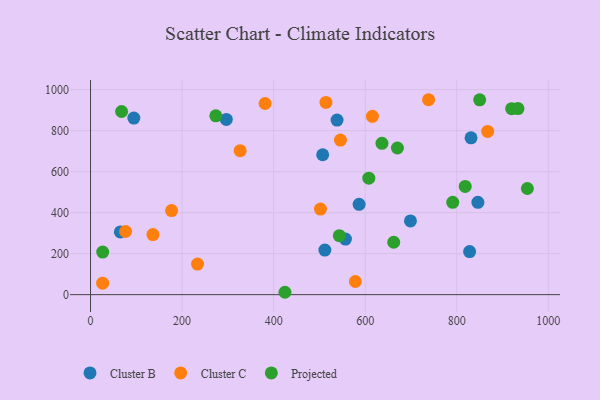
{"axis": {"x": "Experience", "y": "Rating"}, "legend": ["Cluster B", "Cluster C", "Projected"], "data": [{"x": "846.2", "y": 450.2, "type": "Cluster B"}, {"x": "296.6", "y": 854.4, "type": "Cluster B"}, {"x": "94.6", "y": 861.2, "type": "Cluster B"}, {"x": "556.9", "y": 271.2, "type": "Cluster B"}, {"x": "538.5", "y": 851.4, "type": "Cluster B"}, {"x": "511.9", "y": 217.2, "type": "Cluster B"}, {"x": "828.1", "y": 209.9, "type": "Cluster B"}, {"x": "586.7", "y": 440.5, "type": "Cluster B"}, {"x": "65.1", "y": 306.1, "type": "Cluster B"}, {"x": "507.1", "y": 682.4, "type": "Cluster B"}, {"x": "831.2", "y": 765.0, "type": "Cluster B"}, {"x": "698.9", "y": 359.6, "type": "Cluster B"}, {"x": "326.8", "y": 702.0, "type": "Cluster C"}, {"x": "177.0", "y": 410.3, "type": "Cluster C"}, {"x": "233.7", "y": 149.0, "type": "Cluster C"}, {"x": "578.5", "y": 64.2, "type": "Cluster C"}, {"x": "76.6", "y": 307.9, "type": "Cluster C"}, {"x": "381.3", "y": 932.2, "type": "Cluster C"}, {"x": "514.3", "y": 937.6, "type": "Cluster C"}, {"x": "136.3", "y": 293.1, "type": "Cluster C"}, {"x": "867.6", "y": 796.2, "type": "Cluster C"}, {"x": "615.7", "y": 869.8, "type": "Cluster C"}, {"x": "502.3", "y": 417.4, "type": "Cluster C"}, {"x": "26.4", "y": 56.0, "type": "Cluster C"}, {"x": "738.5", "y": 950.7, "type": "Cluster C"}, {"x": "545.9", "y": 753.8, "type": "Cluster C"}, {"x": "670.4", "y": 715.3, "type": "Projected"}, {"x": "662.3", "y": 255.5, "type": "Projected"}, {"x": "424.7", "y": 11.6, "type": "Projected"}, {"x": "543.5", "y": 287.5, "type": "Projected"}, {"x": "607.9", "y": 568.3, "type": "Projected"}, {"x": "636.6", "y": 738.2, "type": "Projected"}, {"x": "273.7", "y": 872.3, "type": "Projected"}, {"x": "954.3", "y": 517.7, "type": "Projected"}, {"x": "26.6", "y": 207.5, "type": "Projected"}, {"x": "818.5", "y": 527.7, "type": "Projected"}, {"x": "791.2", "y": 450.5, "type": "Projected"}, {"x": "933.7", "y": 907.3, "type": "Projected"}, {"x": "850.1", "y": 950.0, "type": "Projected"}, {"x": "920.0", "y": 907.0, "type": "Projected"}, {"x": "67.8", "y": 893.2, "type": "Projected"}]}